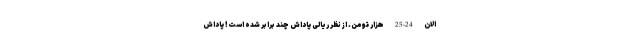
الان 24-25 هزار تومن. از نظر ریالی پاداش چند برابر شده است! پاداش